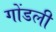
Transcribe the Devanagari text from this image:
गोंडली